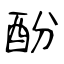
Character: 酚